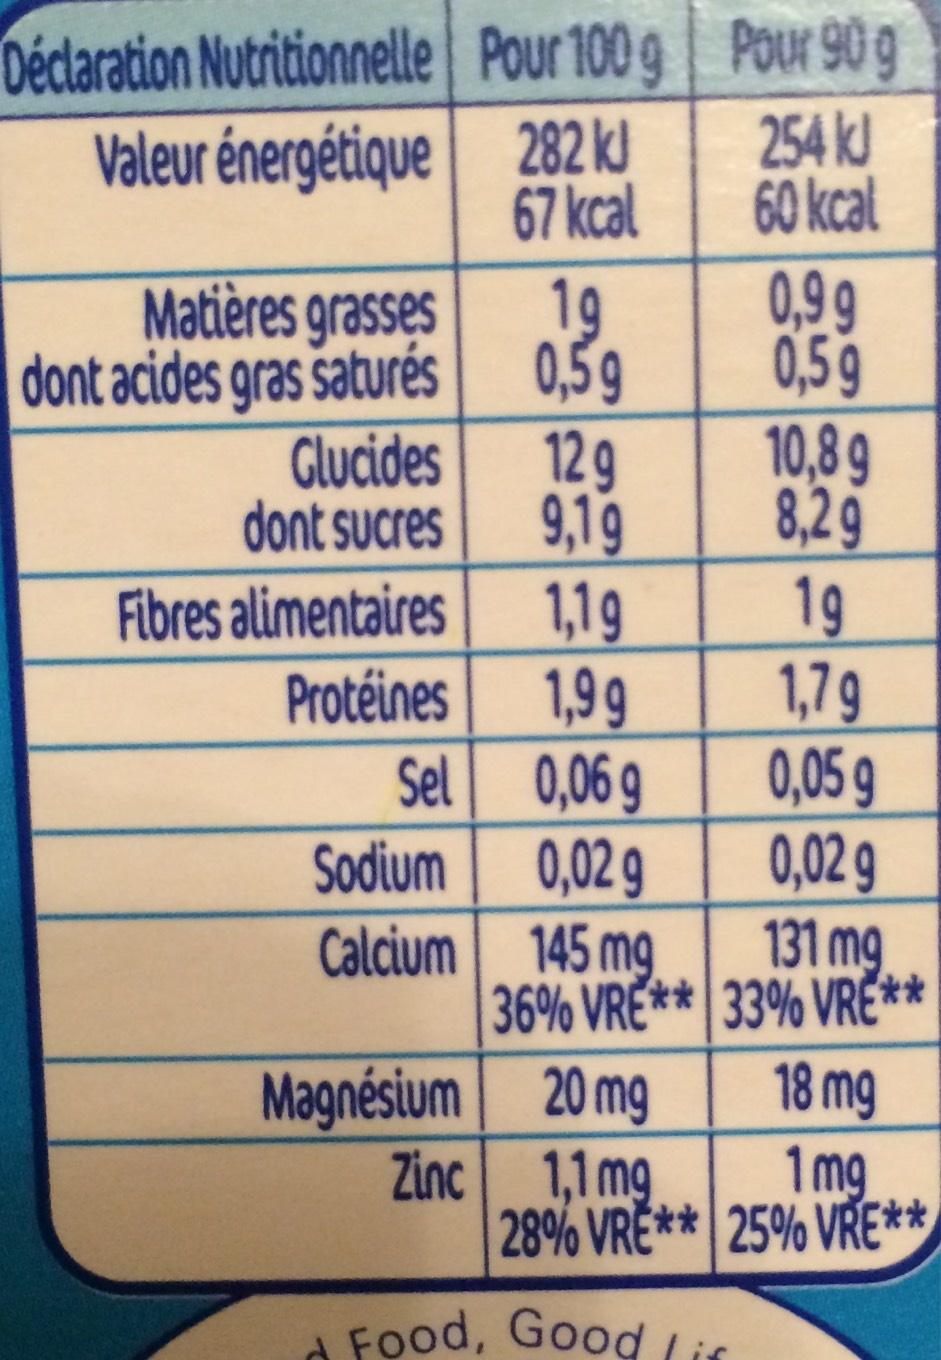
Déclaration Nutritionnelle
Valeur énergétique
Matières grasses
dont acides gras saturés
Glucides
dont sucres
Fibres alimentaires
Protéines
Sel
Pour 100 g Pour 90 g
282 kJ
254 kJ
67 kcal
60 kcal
12 g
9,19
1,19
1,99
0,06 g
Sodium
0,02 g
Calcium 145 mg
Magnésium
Zinc
19
0,59
36% VRE**
0,99
0,59
10,8 g
8,29
19
1,79
0,05 g
0,02 g
131 mg
33% VRE**
Food, Good lis
20 mg
18 mg
1,1 mg
1 mg
28% VRE** 25% VRE**